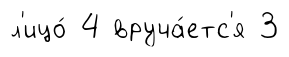
л'ицо́ 4 вруча́етс'я 3